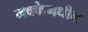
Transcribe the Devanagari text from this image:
मक्केमधील